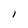
Character: 1